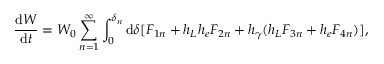
\frac { \mathrm { d } W } { \mathrm { d } t } = W _ { 0 } \sum _ { n = 1 } ^ { \infty } \int _ { 0 } ^ { \delta _ { n } } \mathrm { d } \delta [ F _ { 1 n } + h _ { L } h _ { e } F _ { 2 n } + h _ { \gamma } ( h _ { L } F _ { 3 n } + h _ { e } F _ { 4 n } ) ] ,